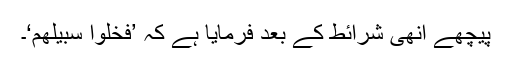
پیچھے اِنھی شرائط کے بعد فرمایا ہے کہ ’فَخَلُّوْا سَبِیْلَھُمْ‘۔